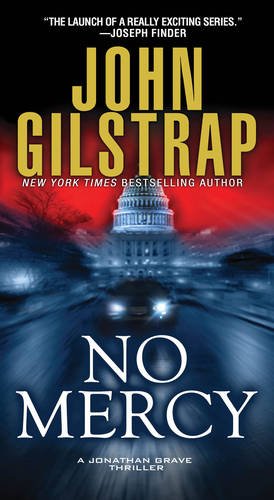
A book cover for No Mercy (A Jonathan Grave Thriller); John Gilstrap; Mystery, Thriller & Suspense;